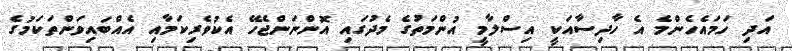
އަދި ހަމައެހެންމެ އެ ހާދިސާއަކީ އިސްލާމީ އުންމަތުގެ މެދުގައި އޮންނަންޖެހޭ އެކުވެރިކަމާއި އެއްބައިވަންތަކަމުގެ